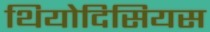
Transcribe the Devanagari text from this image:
थियोदिसियस